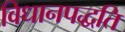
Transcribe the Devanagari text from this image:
विधानपद्धति